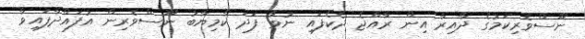
ނޫސްވެރިކަމުގެ ދާއިރާ އިން ރާއްޖެ ދެކެފައި ނުވާ ފަދަ ކާމިޔާބު ނޫސްވެރިން އުފައްދާފައިވާ